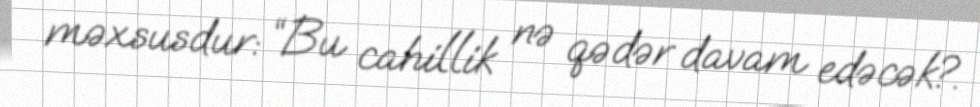
məxsusdur: “Bu cahillik nə qədər davam edəcək?.